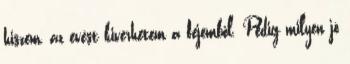
hiszem, az evést kiverhetem a fejemből. Pedig milyen jó